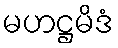
မဟဋ္ဌမိဒံ